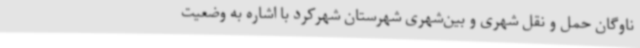
ناوگان حمل و نقل شهری و بین‌شهری شهرستان شهرکرد با اشاره به وضعیت